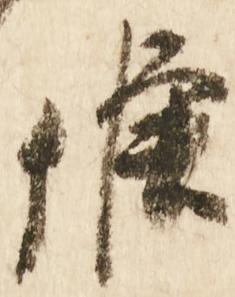
候